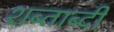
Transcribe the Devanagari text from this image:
शब्ताब्दी